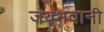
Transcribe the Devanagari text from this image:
जयभवानी